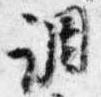
調